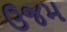
ઉજમ